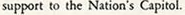
support to the Nation's Capitol.